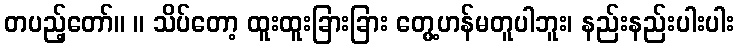
တပည့်တော်။ ။ သိပ်တော့ ထူးထူးခြားခြား တွေ့ဟန်မတူပါဘူး၊ နည်းနည်းပါးပါး